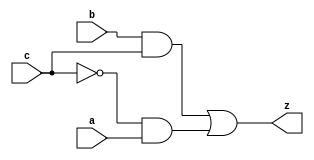
module yMux1(z, a, b, c);

input a, b, c;
output z;
wire notC, upper, lower;

not my_not (notC, c);
and upper_and (upper, notC, a);
and lower_and (lower, b, c);
or my_or (z, lower, upper);


endmodule